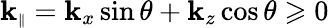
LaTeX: \mathbf{k}_{\scriptscriptstyle\parallel}=\mathbf{k}_{x}\sin\theta+\mathbf{k}_{z}\cos\theta\geqslant0